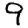
Digit: 9